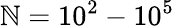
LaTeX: \mathbb{N}=10^{2}-10^{5}